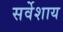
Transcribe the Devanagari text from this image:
सर्वेशाय